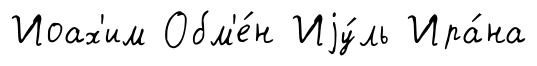
Иоах'им Обм'е́н Иjу́ль Ира́на